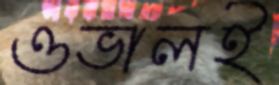
ওভালই